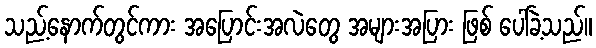
သည့်နောက်တွင်ကား အပြောင်းအလဲတွေ အများအပြား ဖြစ် ပေါ်ခဲ့သည်။